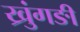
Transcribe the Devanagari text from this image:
ख्रुंगङी